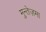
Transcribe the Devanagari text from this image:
मुन्तेज़मा